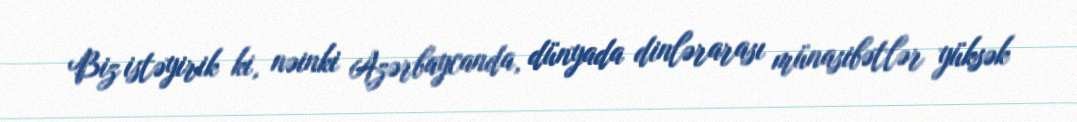
Biz istəyirik ki, nəinki Azərbaycanda, dünyada dinlərarası münasibətlər yüksək